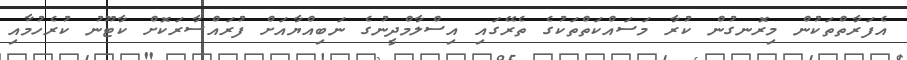
އެފަރާތްތަކުން މިރޮނގުން ކުރާ މަސައްކަތްތަކުގެ ތެރޭގައި އިސްލާމްދީނުގެ ނަބިއްޔާއަށް ފުރައްސާރަކޮށް ކާޓޫނު ކުރެހުމާއި